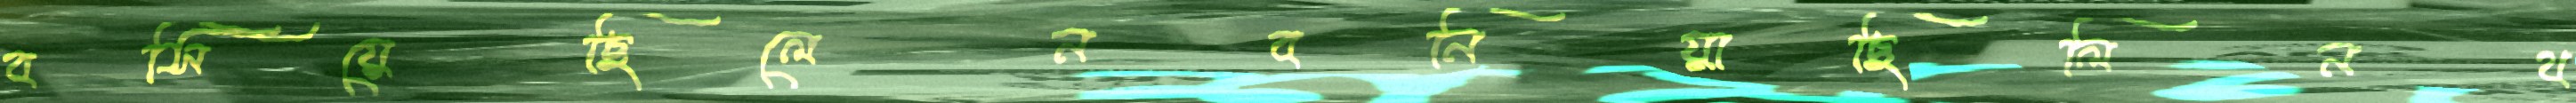
বসিয়েছিলেনবনিয়াছিলিনথ